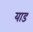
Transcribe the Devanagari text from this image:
याड